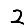
Digit: 2